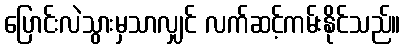
ပြောင်းလဲသွားမှသာလျှင် လက်ဆင့်ကမ်းနိုင်သည်။